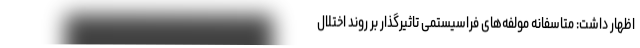
اظهار داشت: متاسفانه مولفه‌های فراسیستمی تاثیرگذار بر روند اختلال